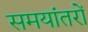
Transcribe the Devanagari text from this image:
समयांतरों